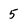
Character: 5